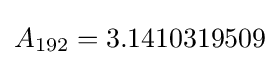
A_{192}=3.1410319509